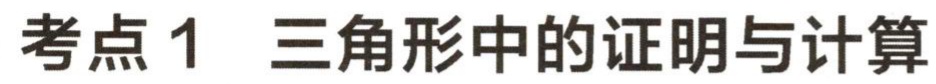
考点 1 三角形中的证明与计算